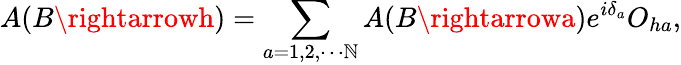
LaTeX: A(B\rightarrowh)=\sum_{a=1,2,\cdots\mathbb{N}}A(B\rightarrowa)e^{i\delta_{a}}O_{ha},